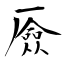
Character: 厱